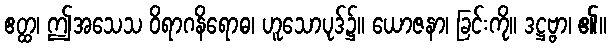
ဧတ္ထ၊ ဤအသေသ ဝိရာဂနိရောဓ၊ ဟူသောပုဒ်၌။ ယောဇနာ၊ ခြင်းကို။ ဒဋ္ဌဗ္ဗာ၊ ၏။